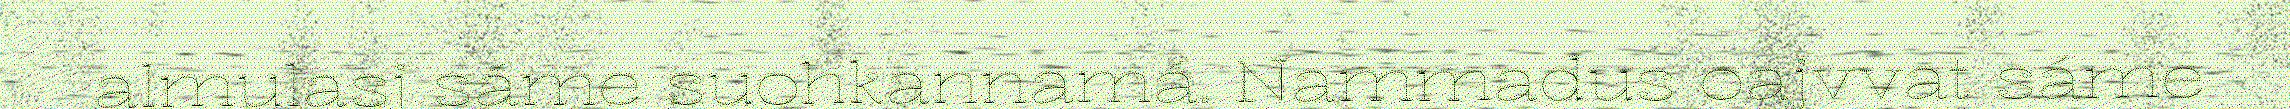
almulasj sáme suohkannamá. Nammadus oajvvat sáme